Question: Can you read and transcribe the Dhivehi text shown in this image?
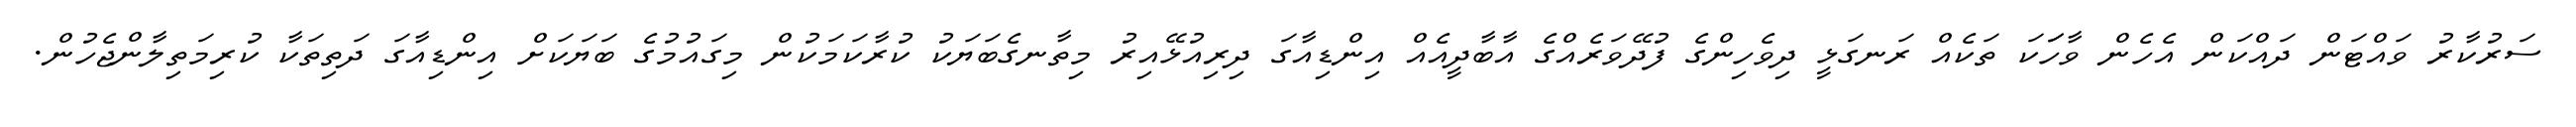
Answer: ސަރުކާރު ވައްޓަން ދައްކަން އެހެން ވާހަަކަ ތަކެއް ރަނގަޅީ ދިވެހިންގެ ފުދޭވަރެއްގެ އާބާދީއެއް އިންޑިއާގަ ދިރިއުޅޭއިރު މިތާނގެބަޔަކު ކުރާކަމަކުން މިގައުމުގެ ބަޔަކަށް އިންޑިއާގަ ދަތިތަކާ ކުރިމަތިލާންޖެހުން.